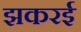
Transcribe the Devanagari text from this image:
झकरई